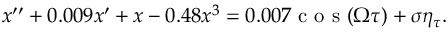
x ^ { \prime \prime } + 0 . 0 0 9 x ^ { \prime } + x - 0 . 4 8 x ^ { 3 } = 0 . 0 0 7 \mathrm { ~ c ~ o ~ s ~ } ( \Omega \tau ) + \sigma \eta _ { \tau } .